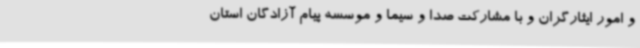
و امور ایثارگران و با مشارکت صدا و سیما و موسسه پیام آزادگان استان